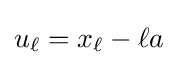
u_{\ell }=x_{\ell }-\ell a